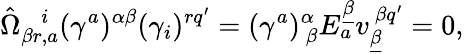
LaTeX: \hat{\Omega}_{\beta r,a}^{~~~~i}(\gamma^{a})^{\alpha\beta}(\gamma_{i})^{rq^{\prime}}=(\gamma^{a})_{~\beta}^{\alpha}E_{a}^{\underline{{\beta}}}v_{\underline{{\beta}}}^{~\beta q^{\prime}}=0,